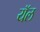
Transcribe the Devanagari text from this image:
यॅल